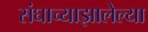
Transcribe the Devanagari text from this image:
संघाच्याझालेल्या